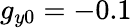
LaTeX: g_{y0}=-0.1